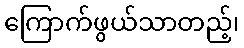
ကြောက်ဖွယ်သာတည့်၊